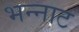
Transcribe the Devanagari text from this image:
भन्‍नाट